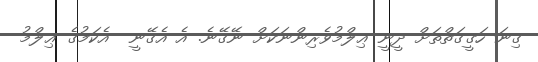
ގިނަ ހަގީގަތްތަށް ދީނީ ޢިލްމުވެރިންނަކަށް ނޭގޭނެ. އެ އެގޭނީ  އެކަމުގެ ޢިލްމު